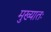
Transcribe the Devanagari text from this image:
मुख्यातः